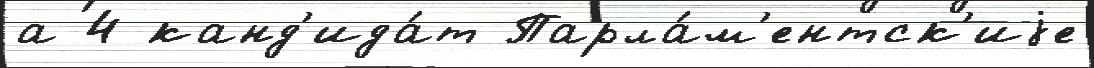
а 4 канд'ида́т Парла́м'ентск'иjе